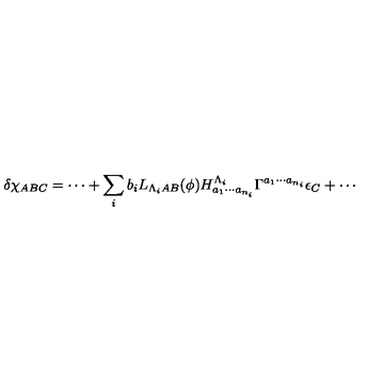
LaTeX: \delta \chi _ { A B C } = \cdots + \sum _ { i } b _ { i } L _ { \Lambda _ { i } A B } ( \phi ) H _ { a _ { 1 } \cdots a _ { n _ { i } } } ^ { \Lambda _ { i } } \Gamma ^ { a _ { 1 } \cdots a _ { n _ { i } } } \epsilon _ { C } + \cdots